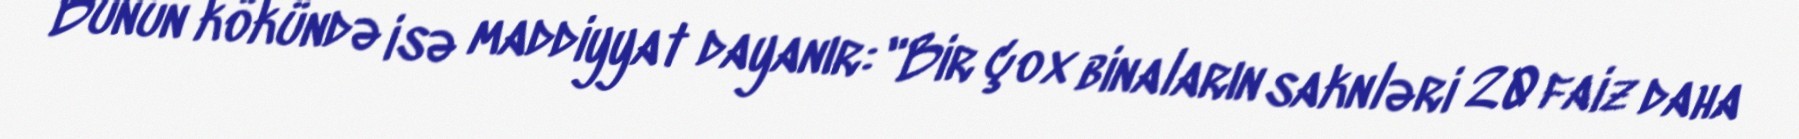
Bunun kökündə isə maddiyyat dayanır: "Bir çox binaların saknləri 20 faiz daha